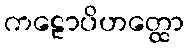
ကဠောပိဟတ္ထော